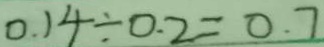
0 . 1 4 \div 0 . 2 = 0 . 7